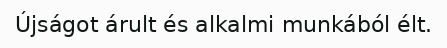
Újságot árult és alkalmi munkából élt.